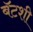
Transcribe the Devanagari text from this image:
बॅटशी